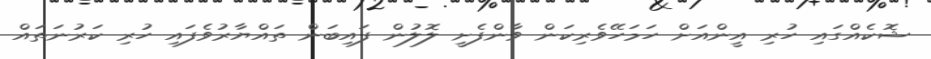
ޝޮކެއްގައި ހުރި އީންއަށް ހަމަހޭވެރިކަން ވާންފެށީ ލޮލުން ފައިބަން ތައްޔާރުވެފައި ހުރި ކަރުނަތައް